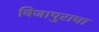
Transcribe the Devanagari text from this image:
विजापुराचा